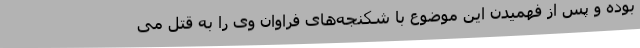
بوده و پس از فهمیدن این موضوع با شکنجه‌های فراوان وی را به قتل می